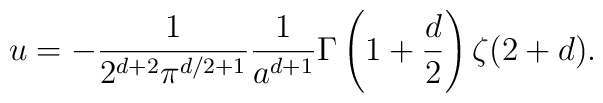
u=-{1\over2^{d+2}\pi^{d/2+1}}{1\over a^{d+1}}\Gamma\left(1+{d\over2}\right)\zeta(2+d).